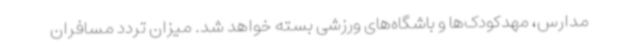
مدارس، مهدکودک‌ها و باشگاه‌های ورزشی بسته خواهد شد. میزان تردد مسافران